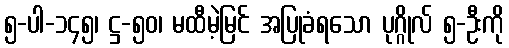
၅-ပါ-၁၄၅၊ ဋ္ဌ-၅၀၊ မထီမဲ့မြင် အပြုခံရသော ပုဂ္ဂိုလ် ၅-ဦးကို